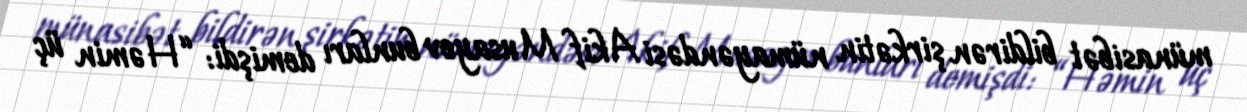
münasibət bildirən şirkətin nümayəndəsi Akif Musayev bunları demişdi: “Həmin üç